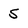
Character: 5